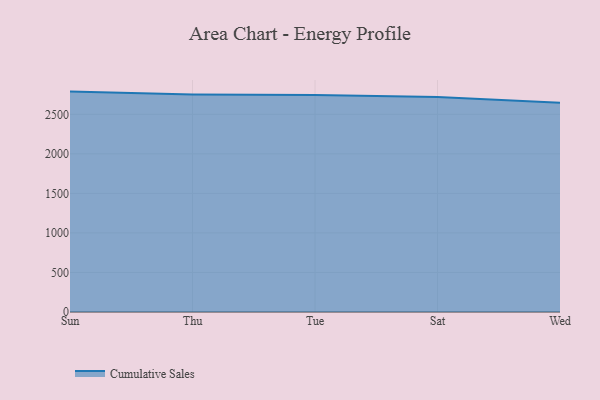
{"axis": {"x": "Day", "y": "Humidity (%)"}, "legend": ["Cumulative Sales"], "data": [{"x": "Sun", "y": 2787.1, "type": "Cumulative Sales"}, {"x": "Thu", "y": 2752.0, "type": "Cumulative Sales"}, {"x": "Tue", "y": 2744.7, "type": "Cumulative Sales"}, {"x": "Sat", "y": 2717.9, "type": "Cumulative Sales"}, {"x": "Wed", "y": 2646.4, "type": "Cumulative Sales"}]}